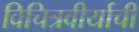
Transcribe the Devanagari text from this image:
विचित्रवीर्याची